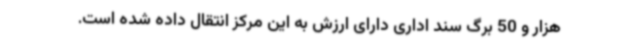
هزار و 50 برگ سند اداری دارای ارزش به این مرکز انتقال داده شده است.